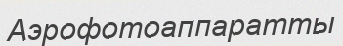
Аэрофотоаппаратты